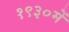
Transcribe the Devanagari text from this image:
१९३०में